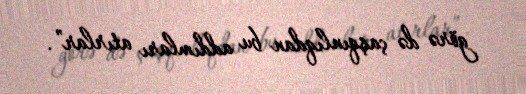
görə də çaşqınlıqdan bu addımları atırlar”.